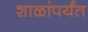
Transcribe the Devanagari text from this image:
शाळांपर्यंत